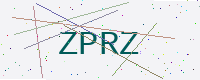
Text: ZPRZ